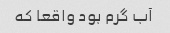
آب گرم بود واقعا که